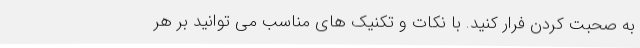
به صحبت کردن فرار کنید. با نکات و تکنیک های مناسب می توانید بر هر